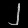
Digit: ၂